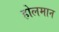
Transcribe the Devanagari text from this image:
होलमान